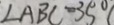
\angle A B C = 3 5 ^ { \circ }